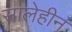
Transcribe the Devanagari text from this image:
सालेहीन